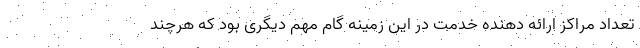
تعداد مراکز ارائه دهنده خدمت در این زمینه گام مهم دیگری بود که هرچند